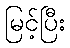
မြင့်ပြီး